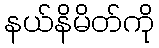
နယ်နိမိတ်ကို